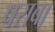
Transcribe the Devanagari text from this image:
षराबा